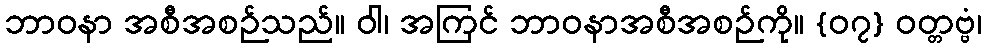
ဘာဝနာ အစီအစဉ်သည်။ ဝါ၊ အကြင် ဘာဝနာအစီအစဉ်ကို။ {၀၇} ဝတ္တဗ္ဗံ၊